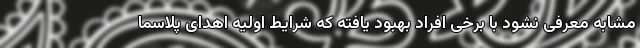
مشابه معرفی نشود با برخی افراد بهبود یافته که شرایط اولیه اهدای پلاسما